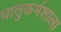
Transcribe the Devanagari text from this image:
धातुकर्मशाला